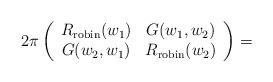
LaTeX: \begin{align*}2\pi \left( \begin{array}{cc} R_{\rm robin}(w_1) & G(w_1,w_2) \\ G(w_2,w_1) &R_{\rm robin}(w_2)\\\end{array} \right)=\end{align*}